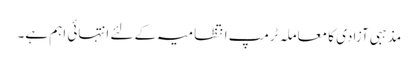
مذہبی آزادی کا معاملہ ٹرمپ انتظامیہ کے لئے انتہائی اہم ہے۔